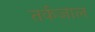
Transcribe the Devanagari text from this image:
तर्कजाल